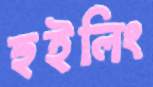
হুইলিং